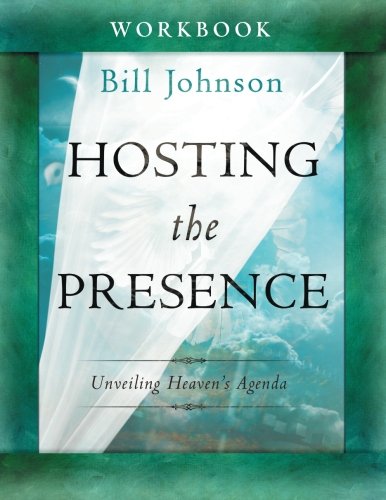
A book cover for Hosting the Presence Workbook: Unveiling Heaven's Agenda; Bill Johnson; Christian Books & Bibles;